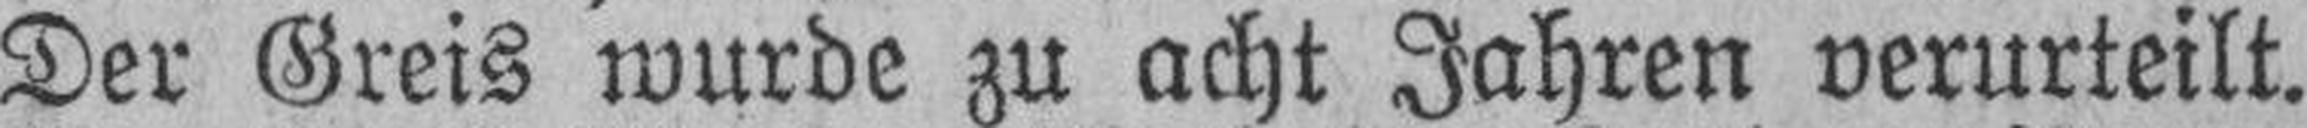
Der Greis wurde zu acht Jahren verurteilt.